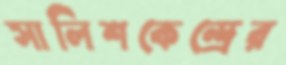
সালিশকেন্দ্রের